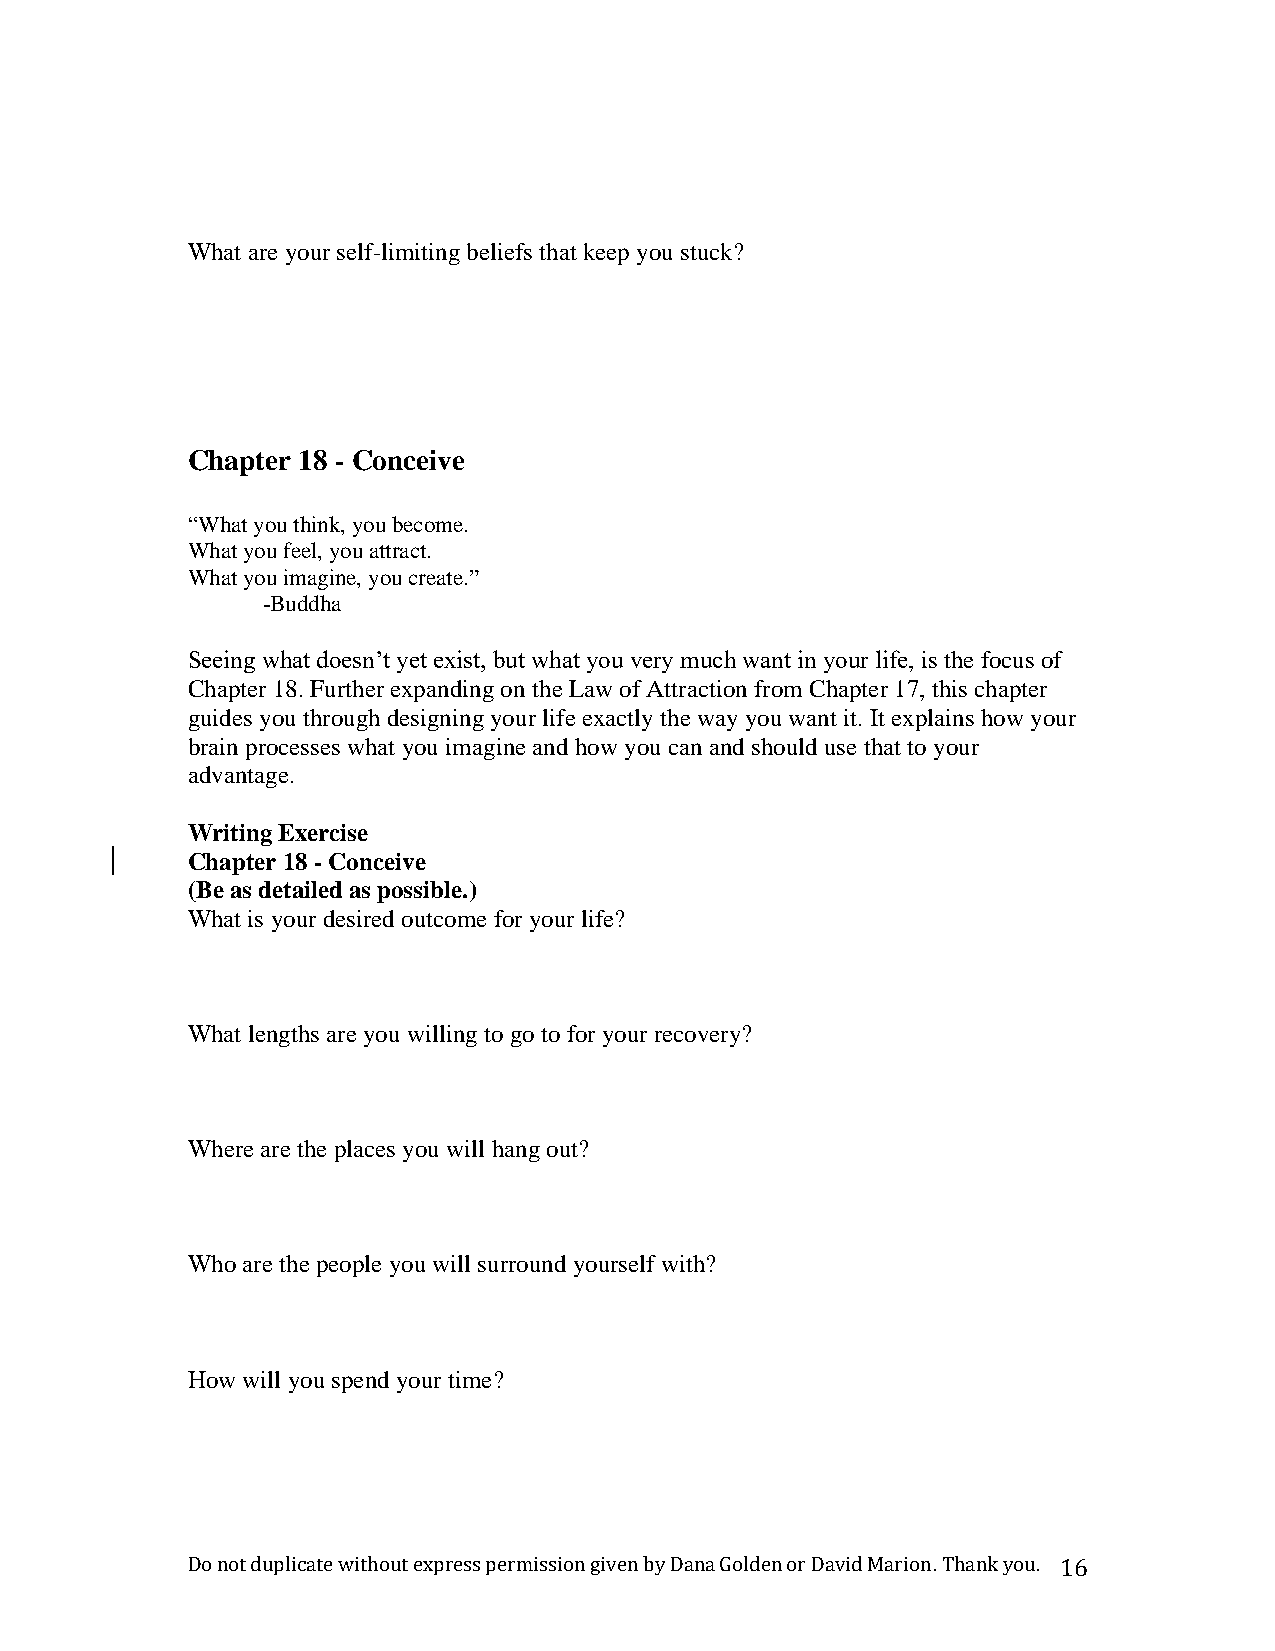
What are your self-limiting beliefs that keep you stuck?
 Chapter 18 - Conceive
 “What you think, you become.
 What you feel, you attract.
 What you imagine, you create.”
 -Buddha
 Seeing what doesn’t yet exist, but what you very much want in your life, is the focus of
 Chapter 18. Further expanding on the Law of Attraction from Chapter 17, this chapter
 guides you through designing your life exactly the way you want it. It explains how your
 brain processes what you imagine and how you can and should use that to your
 advantage.
 Writing Exercise
 Chapter 18 - Conceive
 (Be as detailed as possible.)
 What is your desired outcome for your life?
 What lengths are you willing to go to for your recovery?
 Where are the places you will hang out?
 Who are the people you will surround yourself with?
 How will you spend your time?
 Do not duplicate without express permission given by Dana Golden or David Marion. Thank you. 16